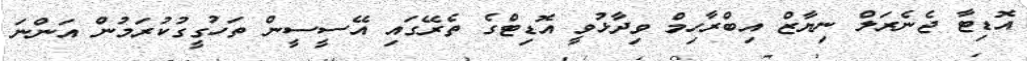
އޮޑިޓާ ޖެނެރަލް ނިޔާޒް އިބްރާހިމް ވިދާޅުވީ އޮޑިޓްގެ ތެރޭގައި އޭސީސީން ތަހުގީގުކުރަމުން އަންނަ